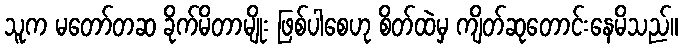
သူက မတော်တဆ ခိုက်မိတာမျိုး ဖြစ်ပါစေဟု စိတ်ထဲမှ ကျိတ်ဆုတောင်းနေမိသည်။